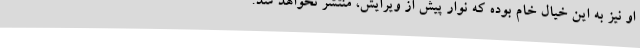
او نیز به این خیال خام بوده که نوار پیش از ویرایش، منتشر نخواهد شد.